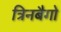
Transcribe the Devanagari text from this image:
त्रिनबैगो